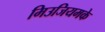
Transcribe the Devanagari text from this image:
मिउजियमके